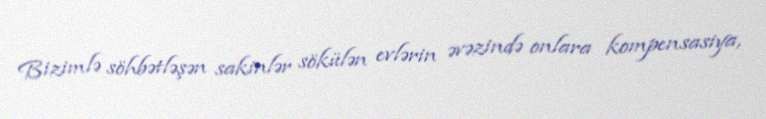
Bizimlə söhbətləşən sakinlər sökülən evlərin əvəzində onlara kompensasiya,